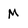
Character: M